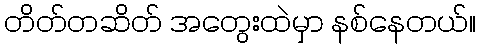
တိတ်တဆိတ် အတွေးထဲမှာ နစ်နေတယ်။